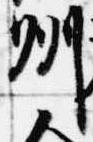
州